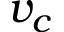
v _ { c }